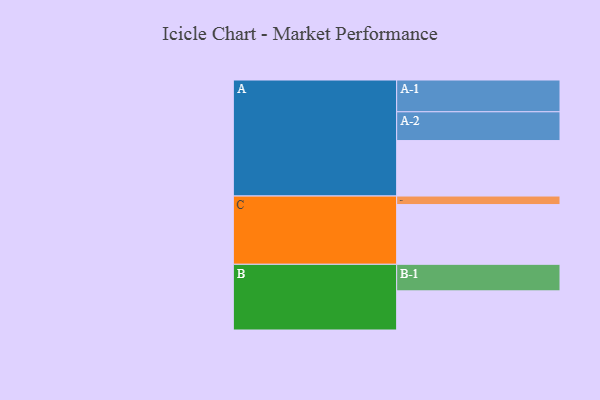
{"axis": {"x": "Segment", "y": "Value"}, "legend": ["", "A", "B", "C"], "data": [{"x": "A", "y": 520, "type": ""}, {"x": "B", "y": 367, "type": ""}, {"x": "C", "y": 560, "type": ""}, {"x": "A-1", "y": 298, "type": "A"}, {"x": "A-2", "y": 270, "type": "A"}, {"x": "B-1", "y": 249, "type": "B"}, {"x": "C-1", "y": 80, "type": "C"}]}